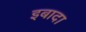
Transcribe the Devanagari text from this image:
इबादा